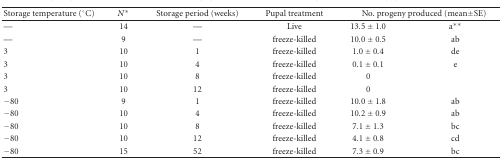
| Storage temperature (°C) | N* | Storage period (weeks) | Pupal treatment | <COLSPAN=2> No. progeny produced (mean±SE) |
 | --- | --- | --- | --- | --- | --- |
 | — | 14 | — | Live | 13.5 ± 1.0 | a** |
 | — | 9 | — | freeze-killed | 10.0 ± 0.5 | ab |
 | 3 | 10 | 1 | freeze-killed | 1.0 ± 0.4 | de |
 | 3 | 10 | 4 | freeze-killed | 0.1 ± 0.1 | e |
 | 3 | 10 | 8 | freeze-killed | 0 |  |
 | 3 | 10 | 12 | freeze-killed | 0 |  |
 | −80 | 9 | 1 | freeze-killed | 10.0 ± 1.8 | ab |
 | −80 | 10 | 4 | freeze-killed | 10.2 ± 0.9 | ab |
 | −80 | 10 | 8 | freeze-killed | 7.1 ± 1.3 | bc |
 | −80 | 10 | 12 | freeze-killed | 4.1 ± 0.8 | cd |
 | −80 | 15 | 52 | freeze-killed | 7.3 ± 0.9 | bc |